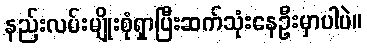
နည်းလမ်းမျိုးစုံရှာပြီးဆက်သုံးနေဦးမှာပါပဲ။